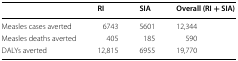
|  | RI | SIA | Overall (RI + SIA) |
 | --- | --- | --- | --- |
 | Measles cases averted | 6743 | 5601 | 12,344 |
 | Measles deaths averted | 405 | 185 | 590 |
 | DALYs averted | 12,815 | 6955 | 19,770 |